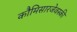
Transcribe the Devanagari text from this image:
कौमिसारजेवस्की